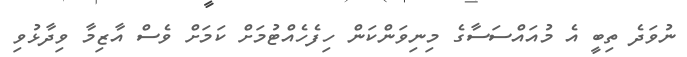
ނުވަދެ ތިބީ އެ މުއައްސަސާގެ މިނިވަންކަން ހިފެހެއްޓުމަށް ކަމަށް ވެސް އާޒިމާ ވިދާޅުވި